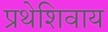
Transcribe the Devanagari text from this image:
प्रथेशिवाय